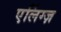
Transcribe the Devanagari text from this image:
एलिंग्ज़